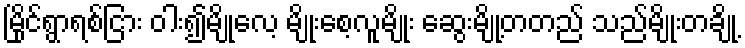
မြိုင်ရွာရစ်ငြား ဝါး၍မျိုလေ့ မျိုးစေ့လူမျိုး ဆွေးမျို့တတည် သည်မျိုးတချို့